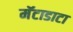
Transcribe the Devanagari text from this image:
मॅटाडाटा